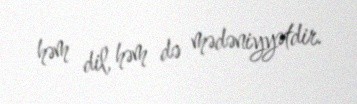
həm dil, həm də mədəniyyətdir.